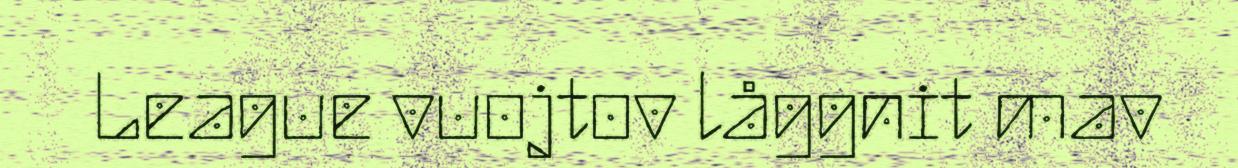
League vuojtov låggnit mav